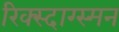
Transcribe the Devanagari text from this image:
रिक्स्दाग्स्मन